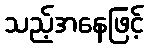
သည့်အနေဖြင့်